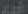
عدم